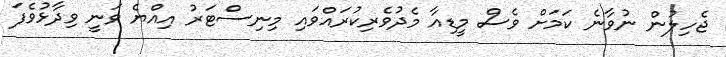
ޖެހިލުން ނުވާނެ ކަމަށް ވެސް މީޑިއާ މެދުވެރިކުރައްވައި މިނިސްޓަރު އިއްޔެ ވަނީ ވިދާޅުވެފަ